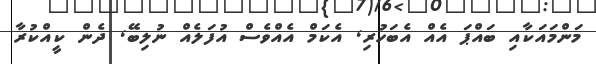
މަންމައަކާއި ބައްޕަ އެއް އެބަހުރި